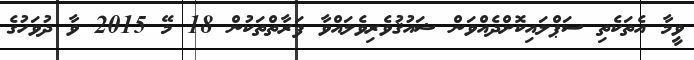
ވީމާ އެތަކެތި ސަޕްލައިކޮށްދެއްވަން ޝައުޤުވެރިވެލައްވާ ފަރާތްތަކުން 18 މޭ 2015 ވާ ދުވަހުގެ